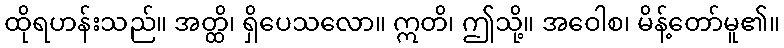
ထိုရဟန်းသည်။ အတ္ထိ၊ ရှိပေသလော။ ဣတိ၊ ဤသို့။ အဝေါစ၊ မိန့်တော်မူ၏။